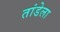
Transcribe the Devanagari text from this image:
तांडेला